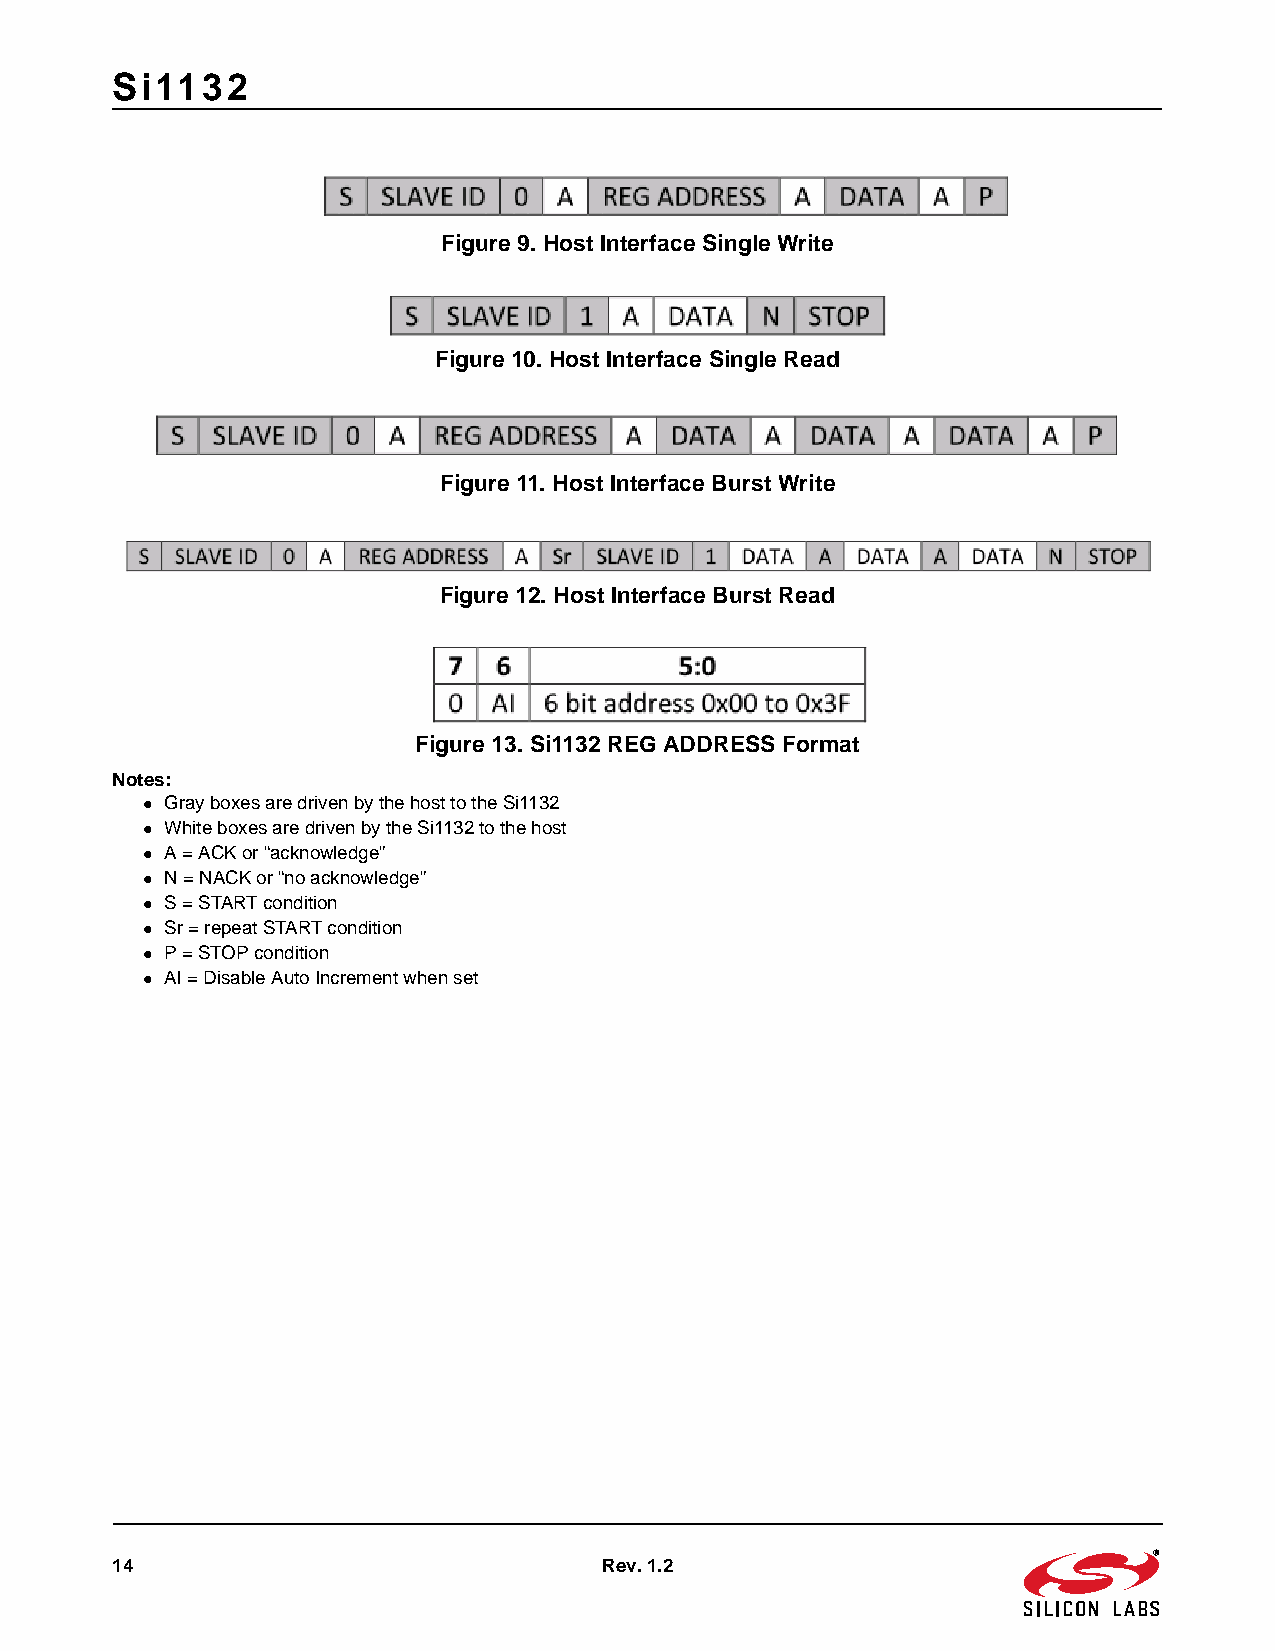
Si1132
 Figure 9. Host Interface Single Write
 Figure 10. Host Interface Single Read
 Figure 11. Host Interface Burst Write
 Figure 12. Host Interface Burst Read
 Figure 13. Si1132 REG ADDRESS Format
 Notes:
 Gray boxes are driven by the host to the Si1132
 White boxes are driven by the Si1132 to the host
 A=ACK or “acknowledge”
 N=NACK or “no acknowledge”
 S=START condition
 Sr=repeat START condition
 P=STOP condition
 AI=Disable Auto Increment when set
 14                               Rev. 1.2